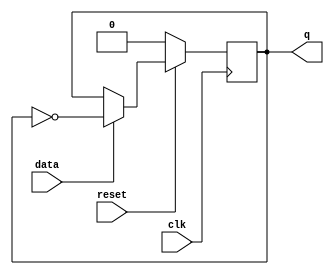
module tff(clk,data,reset,q);
  input clk,data,reset;
  output q;
  reg q;
  always@(posedge clk)
    if(~reset)begin
      q<=0;
    end else if(data) begin
      q<=!q;
    end
endmodule
module tff_tb;
  reg clk,data,reset;
  wire q;
  tff tffd(.clk(clk),.data(data),.reset(reset),.q(q));
  initial
    begin
      $dumpfile("dump.vcd");
      $dumpvars;
      clk=0;
      data=0;
      reset=0;
      #5 reset=0;
      #30 reset=1;                           
      $monitor($time,"clk=%b,data=%b,reset=%b,q=%b",clk,data,reset,q);
      #50 $finish;
    end
      always #5 clk=~clk;
        always #30  data=~data;
endmodule